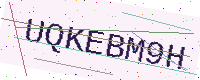
Text: UQKEBM9H